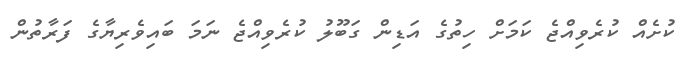
ކުށެއް ކުރެވިއްޖެ ކަމަށް ހިތުގެ އަޑިން ގަބޫލު ކުރެވިއްޖެ ނަމަ ބައިވެރިޔާގެ ފަރާތުން